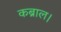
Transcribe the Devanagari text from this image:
कब्राल।